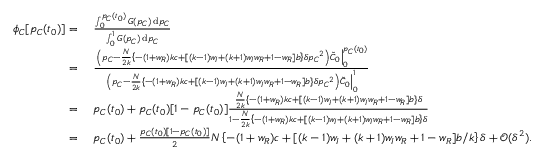
\begin{array} { r l } { \phi _ { C } [ p _ { C } ( t _ { 0 } ) ] = } & { ~ \frac { \int _ { 0 } ^ { p _ { C } ( t _ { 0 } ) } { G ( p _ { C } ) } \, \mathrm { d } p _ { C } } { \int _ { 0 } ^ { 1 } { G ( p _ { C } ) } \, \mathrm { d } p _ { C } } } \\ { = } & { ~ \frac { \left. \left( p _ { C } - \frac { N } { 2 k } \left\{ - ( 1 + w _ { R } ) k c + [ ( k - 1 ) w _ { I } + ( k + 1 ) w _ { I } w _ { R } + 1 - w _ { R } ] b \right\} \delta { p _ { C } } ^ { 2 } \right) \tilde { C } _ { 0 } \right| _ { 0 } ^ { p _ { C } ( t _ { 0 } ) } } { \left. \left( p _ { C } - \frac { N } { 2 k } \left\{ - ( 1 + w _ { R } ) k c + [ ( k - 1 ) w _ { I } + ( k + 1 ) w _ { I } w _ { R } + 1 - w _ { R } ] b \right\} \delta { p _ { C } } ^ { 2 } \right) \tilde { C } _ { 0 } \right| _ { 0 } ^ { 1 } } } \\ { = } & { ~ p _ { C } ( t _ { 0 } ) + p _ { C } ( t _ { 0 } ) [ 1 - p _ { C } ( t _ { 0 } ) ] \frac { \frac { N } { 2 k } \left\{ - ( 1 + w _ { R } ) k c + [ ( k - 1 ) w _ { I } + ( k + 1 ) w _ { I } w _ { R } + 1 - w _ { R } ] b \right\} \delta } { 1 - \frac { N } { 2 k } \left\{ - ( 1 + w _ { R } ) k c + [ ( k - 1 ) w _ { I } + ( k + 1 ) w _ { I } w _ { R } + 1 - w _ { R } ] b \right\} \delta } } \\ { = } & { ~ p _ { C } ( t _ { 0 } ) + \frac { p _ { C } ( t _ { 0 } ) [ 1 - p _ { C } ( t _ { 0 } ) ] } { 2 } N \left\{ - ( 1 + w _ { R } ) c + [ ( k - 1 ) w _ { I } + ( k + 1 ) w _ { I } w _ { R } + 1 - w _ { R } ] b / k \right\} \delta + \mathcal { O } ( \delta ^ { 2 } ) . } \end{array}